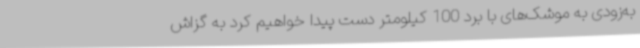
به‌زودی به موشک‌های با برد 100 کیلومتر دست پیدا خواهیم‌ کرد به گزاش